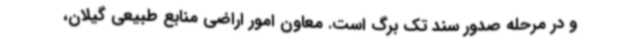
و در مرحله صدور سند تک برگ است. معاون امور اراضی منابع طبیعی گیلان،